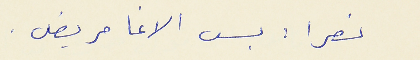
نصرا : بس الاغا مريض .